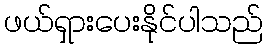
ဖယ်ရှားပေးနိုင်ပါသည်